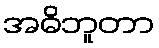
အဓိဘူတာ